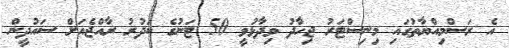
އެ ރަސްމިއްޔާތުގައި މިނިސްޓަރު ޖިހާދު ވިދާޅުވީ 50 ޓަނުގެ ކަދުރު ރާއްޖެއަށް ސައުދީން